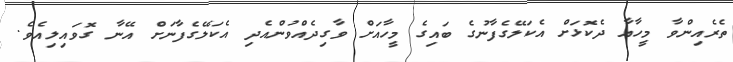
ތެރެއިންވާ މީހާއާ ދެކޮޅަށް އެކަލޭގެފާނުގެ ބައިގެ މީހާއަށް ވާގިދެއްވުންއެދި އެކަލޭގެފާނަށް އޭނާ ގޮވައިލިއެވެ.